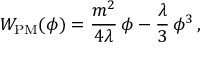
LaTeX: { \cal W } _ { \mathrm { P M } } ( \phi ) = \frac { m ^ { 2 } } { 4 \lambda } \, \phi - \frac { \lambda } { 3 } \, \phi ^ { 3 } \, ,